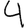
Digit: 4